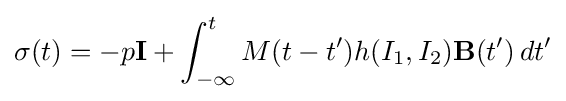
\mathbf {\sigma } (t)=-p\mathbf {I} +\int _{-\infty }^{t}M(t-t')h(I_{1},I_{2})\mathbf {B} (t')\,dt'